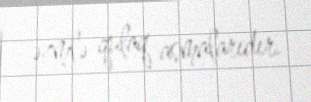
əzmlə qulaq asmalarıdır.